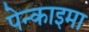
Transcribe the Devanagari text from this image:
पेन्काइमा